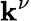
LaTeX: \mathbf{k}^{\nu}